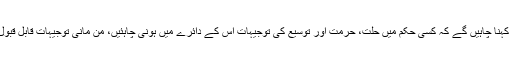
ان کے لیے ہم کہنا چاہیں گے کہ کسی حکم میں حلت، حرمت اور توسیع کی توجیہات اس کے دائرے میں ہونی چاہئیں، من مانی توجیہات قابل قبول نہیں ہوں گی۔